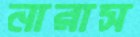
নারাস